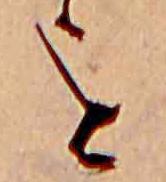
を